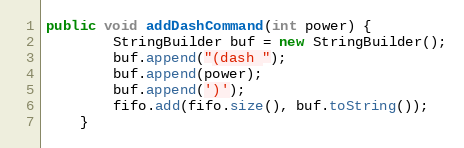
Language: Java
public void addDashCommand(int power) {
        StringBuilder buf = new StringBuilder();
        buf.append("(dash ");
        buf.append(power);
        buf.append(')');
        fifo.add(fifo.size(), buf.toString());
    }